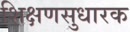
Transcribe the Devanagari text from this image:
शिक्षणसुधारक